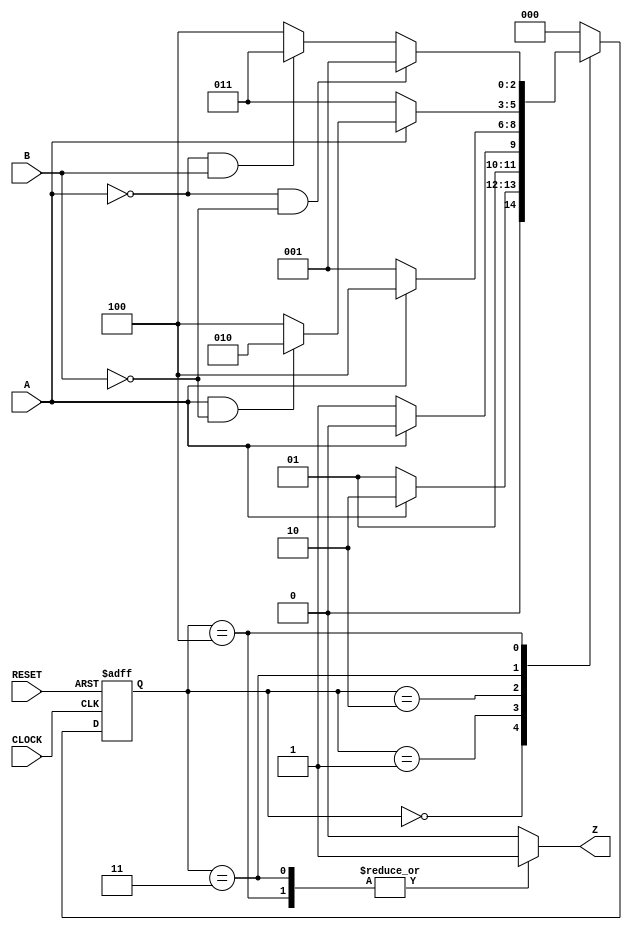
module VrSMexra( CLOCK, RESET, A, B, Z );
  input CLOCK, RESET, A, B;
  output Z;
  reg Z;
  reg [2:0] Sreg, Snext;          // State register and next state
  parameter [2:0] INIT = 3'b000,  // Define the states
                  A0   = 3'b001,
                  A1   = 3'b010,
                  OK0  = 3'b011,
                  OK1  = 3'b100;

  always @ (posedge CLOCK or posedge RESET) // Create state memory
    if (RESET==1) Sreg <= INIT; else Sreg <= Snext;

  always @ (A, B, Sreg) begin  // Next-state logic
    case (Sreg)
      INIT:   if (A==0)  Snext = A0;
              else       Snext = A1;
      A0:     if (A==0)  Snext = OK0;
              else       Snext = A1;
      A1:     if (A==0)  Snext = A0;
              else       Snext = OK1;
      OK0:    if (A==0)  Snext = OK0;
              else if ((A==1) && (B==0)) Snext = A1;
              else                       Snext = OK1;
      OK1:    if ((A==0) && (B==0))      Snext = A0;
              else if ((A==0) && (B==1)) Snext = OK0;
              else                       Snext = OK1;
      default Snext = INIT;
    endcase
  end

  always @ (Sreg)        // Output logic
    case (Sreg)
      INIT, A0, A1: Z = 0;
      OK0, OK1:     Z = 1;
      default       Z = 0;
    endcase
endmodule